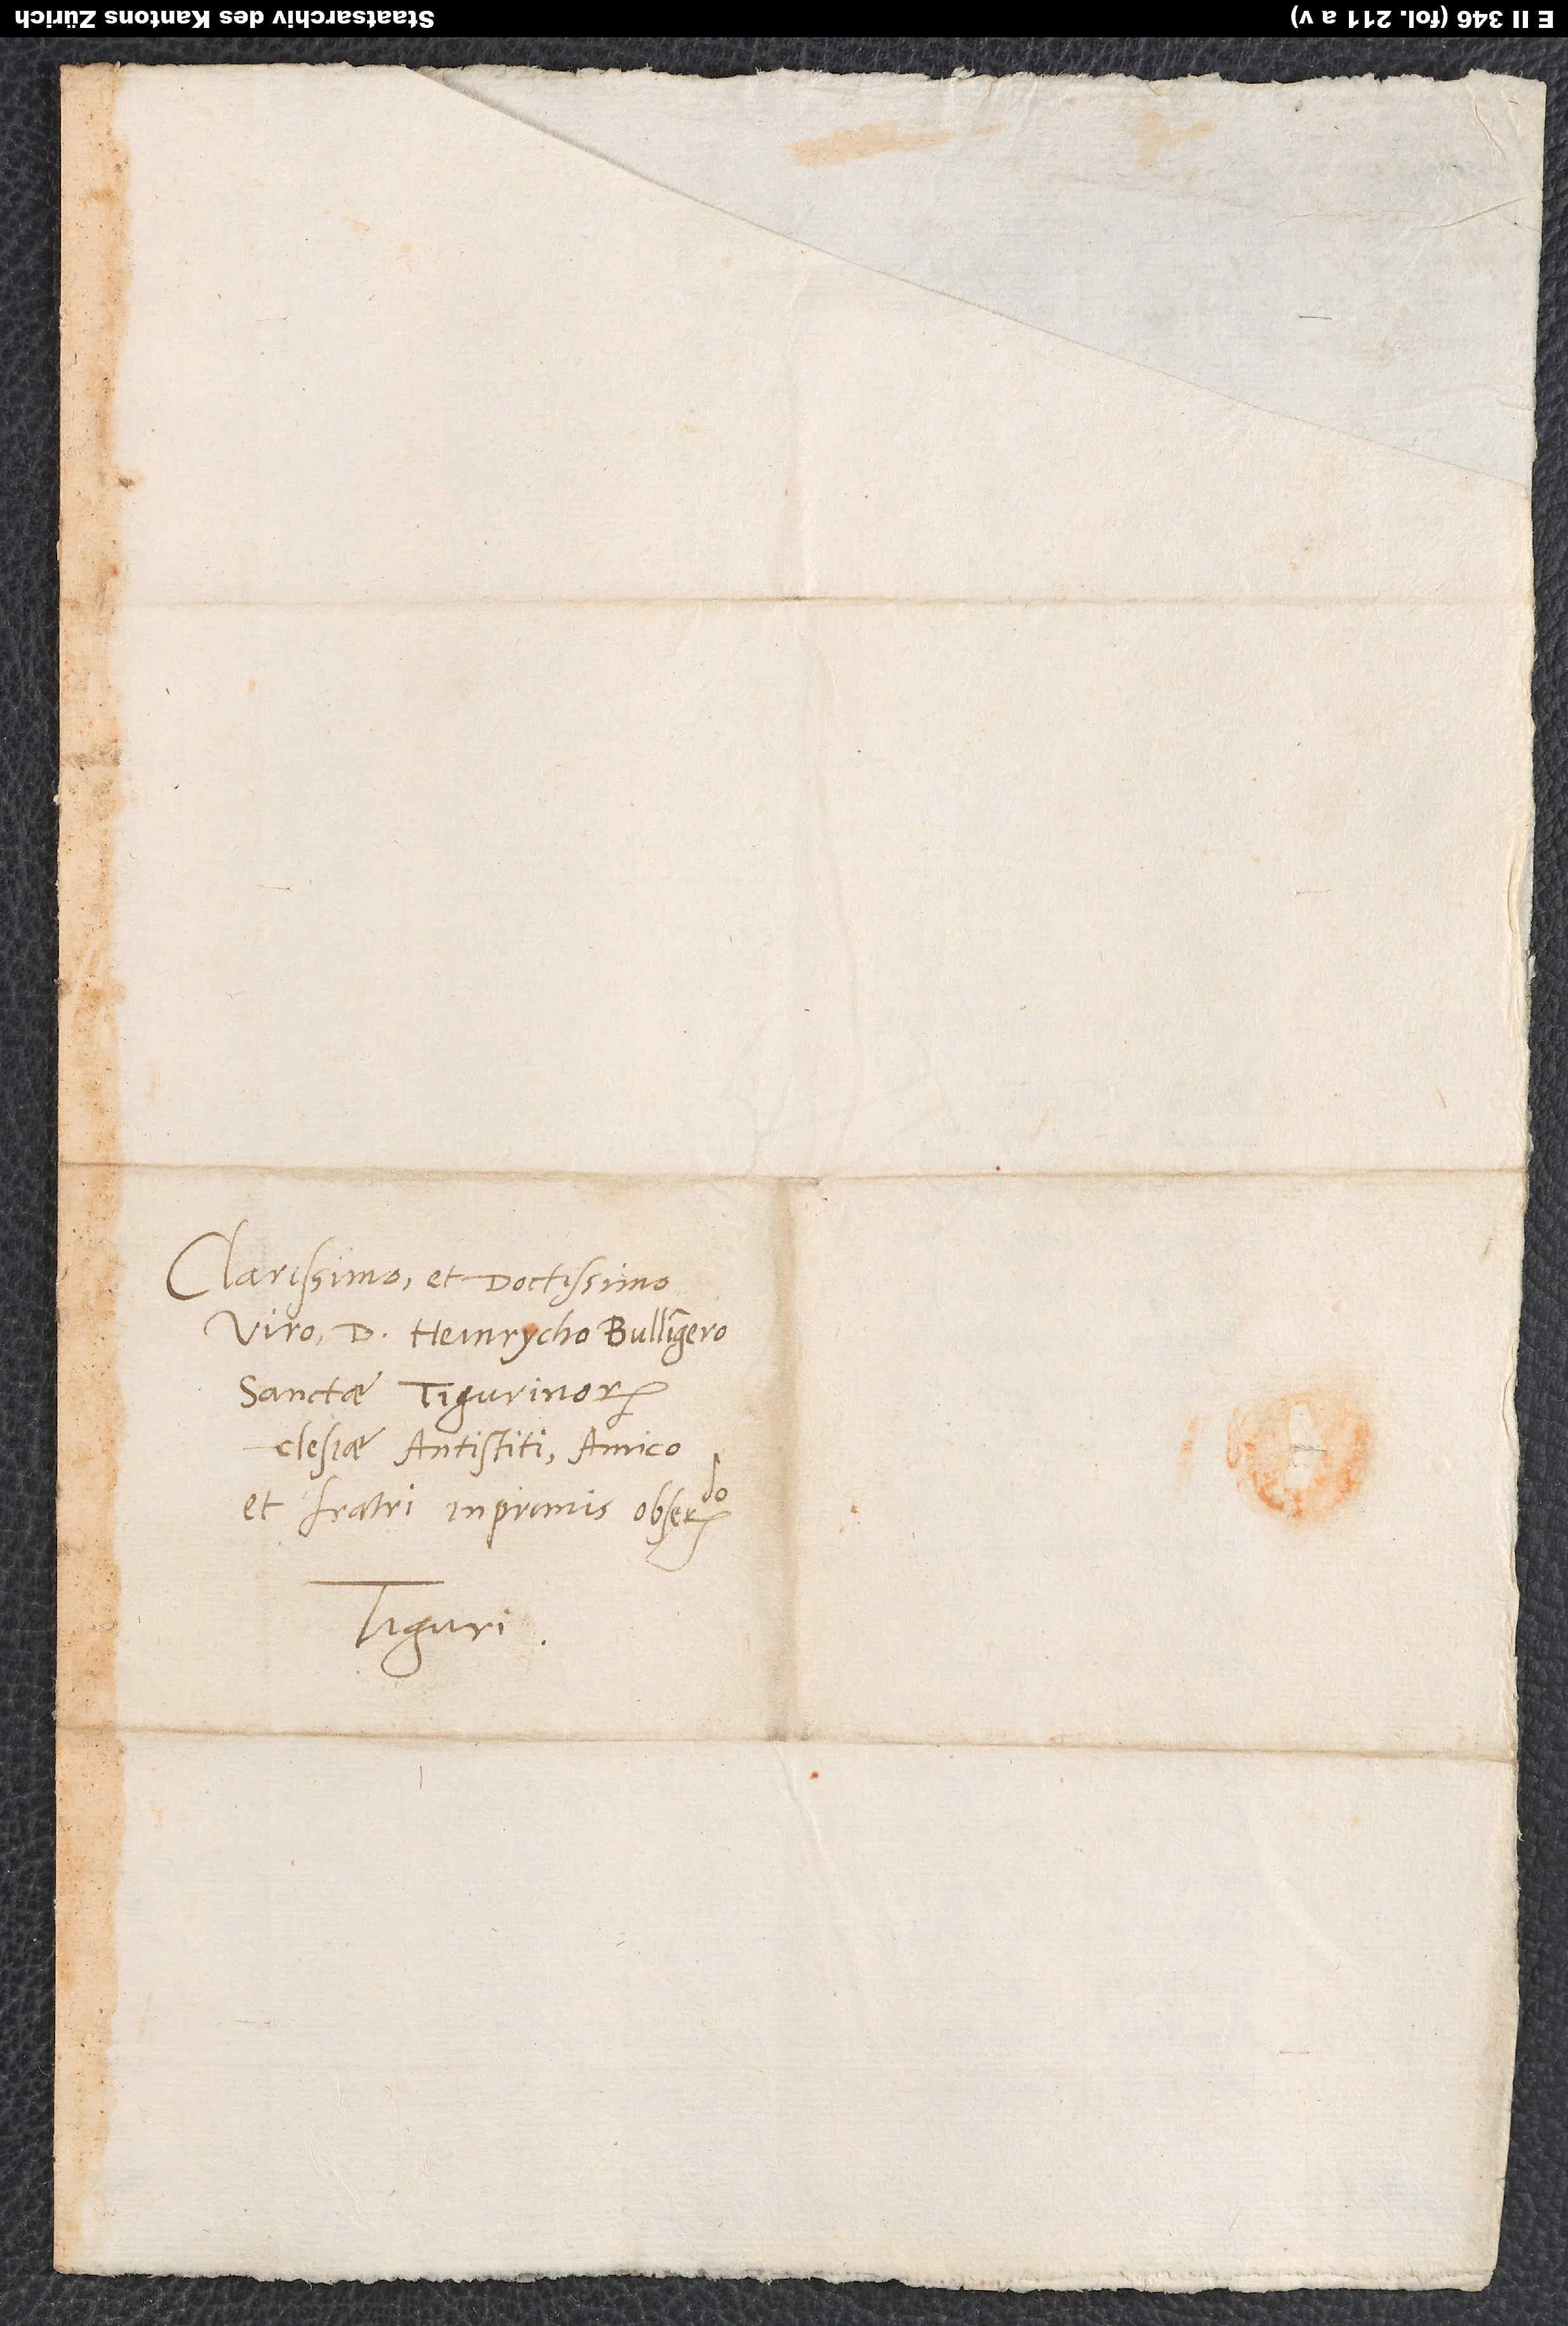
Clarissimo et doctissimo
viro d. Heinrycho Bullingero,
sanctae Tigurinorum
clesiae antistiti, amico
et fratri inprimis observando.
Tiguri.